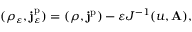
( \rho _ { \varepsilon } , \mathbf { j } _ { \varepsilon } ^ { \mathrm { p } } ) = ( \rho , \mathbf { j } ^ { \mathrm { p } } ) - \varepsilon J ^ { - 1 } ( u , \mathbf { A } ) ,